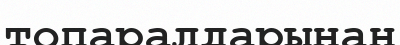
топаралдарынан